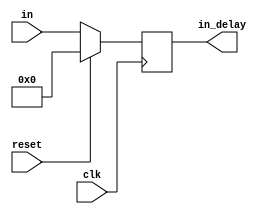
module fir_delay(
input clk,
input reset,
input [35:0] in ,
output reg [35:0] in_delay
);

always @ (posedge clk) begin 
	if(reset)begin
		in_delay <= 0 ;
	end
	else begin
		in_delay <= in ;
	end
end


endmodule